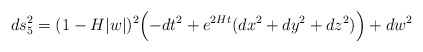
\begin{align*}ds^2_5 = (1 - H |w|)^2 \Bigl(-dt^2 + e^{2H t}(dx^2 + dy^2 + dz^2) \Bigr)+ dw^2\end{align*}